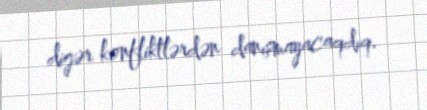
digər konfliktlərdən danışmayacaqdıq.